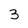
Character: 3